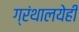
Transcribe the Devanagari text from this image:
ग्रंथालयेही